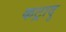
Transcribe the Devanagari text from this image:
कट्रादु